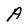
Character: A